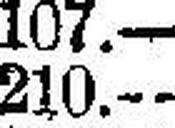
210.—